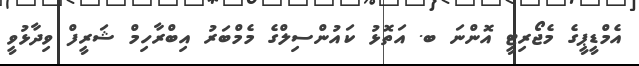
އެމްޑީޕީގެ މެޖޯރިޓީ އޮންނަ ބ. އަތޮޅު ކައުންސިލްގެ މެމްބަރު އިބްރާހިމް ޝަރީފް ވިދާޅުވީ